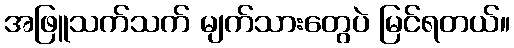
အဖြူသက်သက် မျက်သားတွေပဲ မြင်ရတယ်။